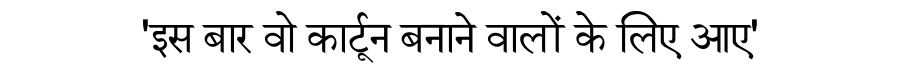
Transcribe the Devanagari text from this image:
'इस बार वो कार्टून बनाने वालों के लिए आए'